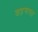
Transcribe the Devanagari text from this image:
खड़गावत